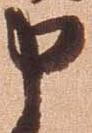
申